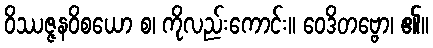
ဝိဿဇ္ဇနဝိစယော စ၊ ကိုလည်းကောင်း။ ဝေဒိတဗ္ဗော၊ ၏။